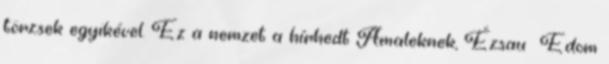
törzsek egyikével. Ez a nemzet a hírhedt Amaleknek, Ézsau Edom